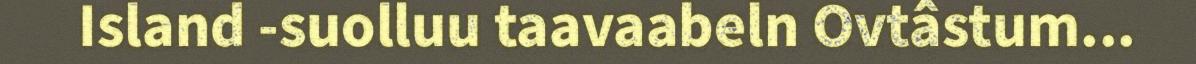
Island -suolluu taavaabeln Ovtâstum...